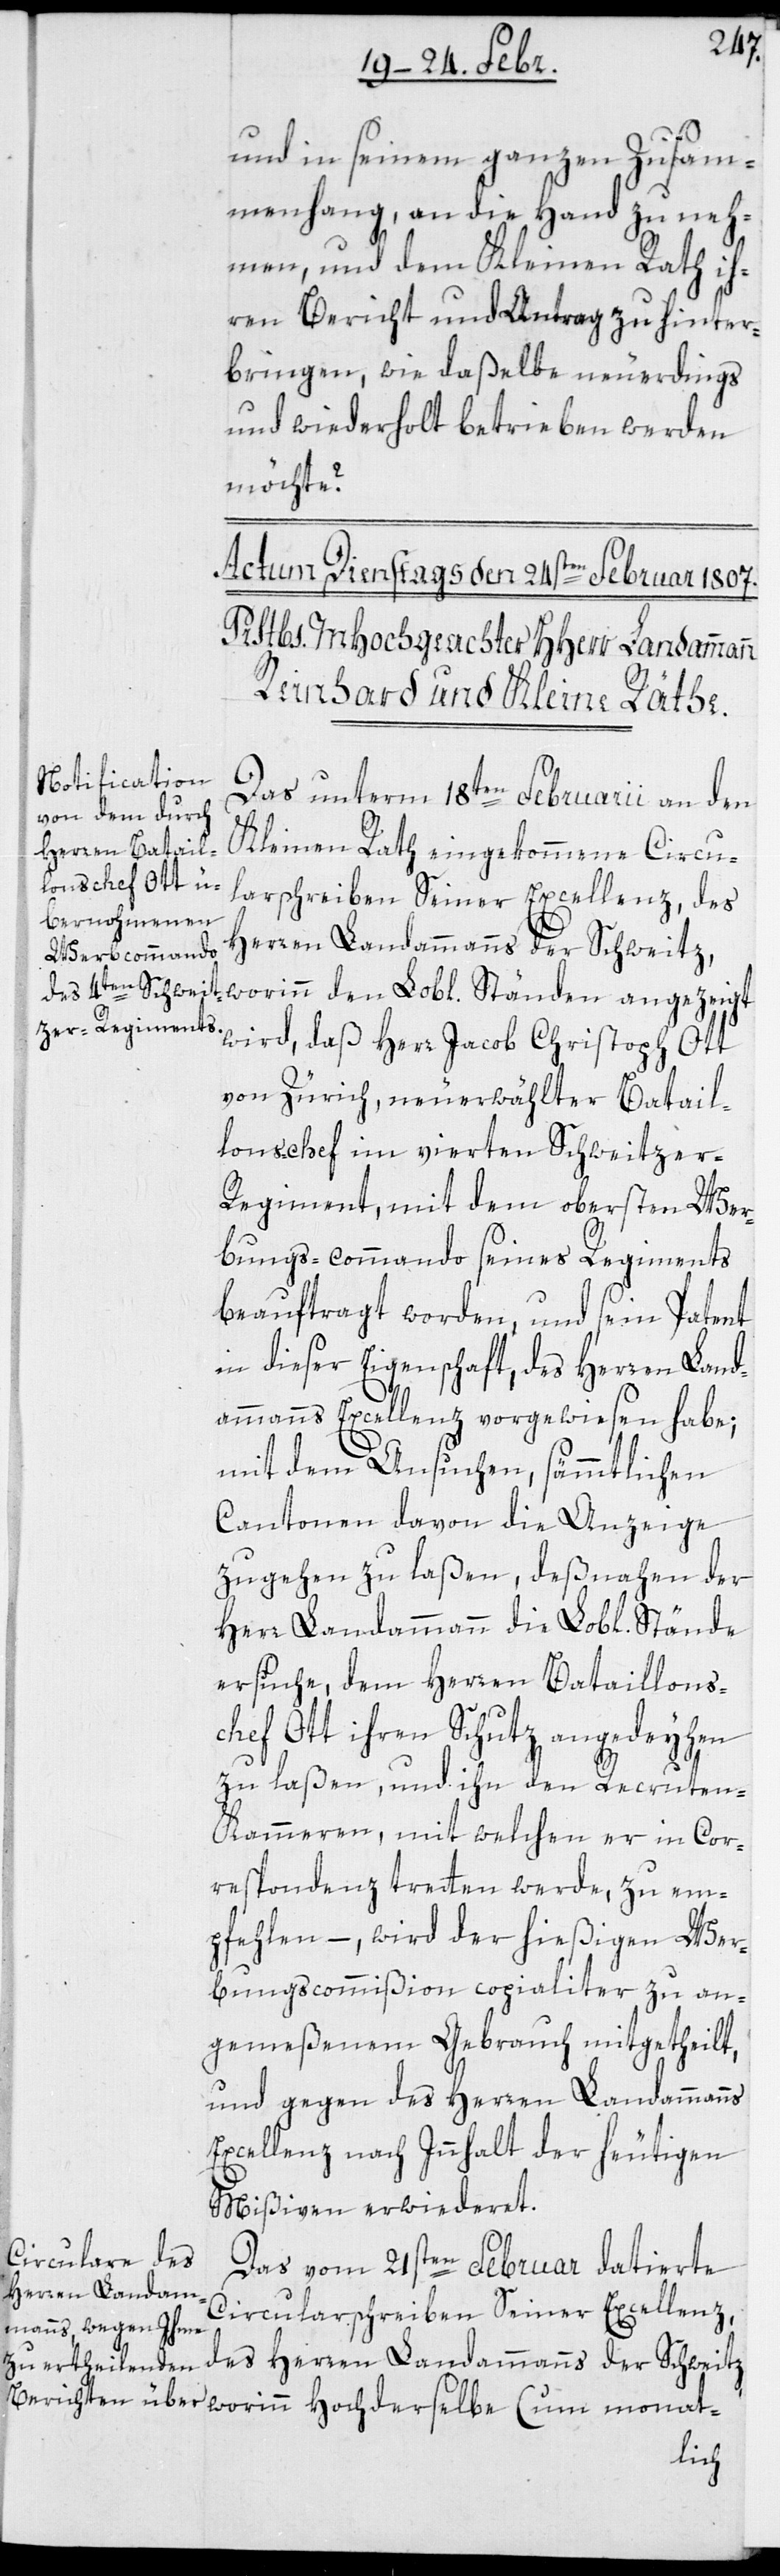
und in seinem ganzen Zusam¬
menhang, an die Hand zu neh¬
men, und dem Kleinen Rath ih¬
ren Bericht und Antrag zu hinter¬
bringen, wie daßelbe neuerdings
und wiederholt betrieben werden
möchte?
Das unterm 18ten Februarii an den
Kleinen Rath eingekommene Circu¬
larschreiben Seinerr Excellenz, des
Herren Landammanns der Schweitz,
wird, daß Herr Jacob Christoph Ott
von Zürich, neuerwählter Batail¬
lonschef im vierten Schweitzer-R¬
egiment, mit dem obersten Wer¬
bungs-Commando seines Regiments
beauftragt worden, und sein Patent
in dieser Eigenschaft des Herren Land¬
ammanns Excellenz vorgewiesen habe;
mit dem Ansuchen, sämmtlichen
Cantonen davon die Anzeige
zugehen zu laßen, deßnahen der
Herr Landammann die Lobl[ichen]
ersuche, dem Herren Batillons¬
chef Ott ihren Schutz angedeyhen
zu laßen, und ihn den Recruten-K¬
ammeren, mit welchen er in Cor¬
respondenz treten werde, zu em¬
pfehlen, – wird der hießigen Wer¬
bungscommißion copialiter zu an¬
gemeßenem Gebrauch mitgetheilt,
und gegen des Herren Landammanns
Excellenz nach Inhalt der heutigen
Mißiven erwideret.
Das vom 21sten Februar datierte
Circularschreiben Seinerr Excellenz,
des Herren Landammanns der Schweitz,
worinn hochderselbe (um monat-